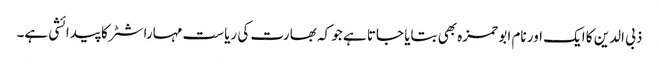
ذبی الدین کا ایک اور نام ابو حمزہ بھی بتایا جاتا ہے جو کہ بھارت کی ریاست مہاراشٹر کا پیدائشی ہے۔